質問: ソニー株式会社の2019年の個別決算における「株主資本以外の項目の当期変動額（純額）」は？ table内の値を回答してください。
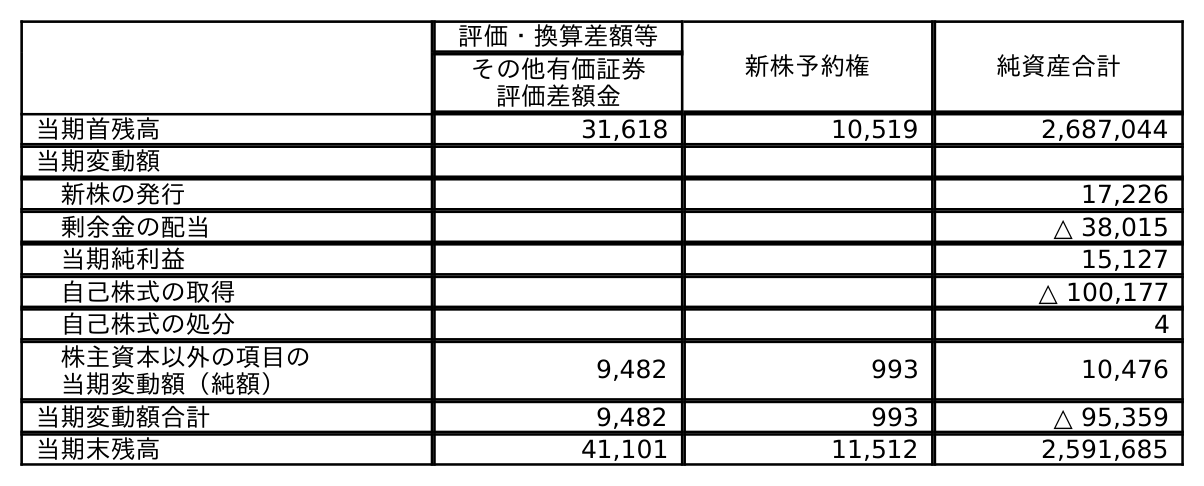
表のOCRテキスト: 評価・換算差額等 新株予約権 純資産合計 その他有価証券 評価差額金 当期首残高 31,618 10,519 2,687,044 当期変動額 新株の発行 17,226 剰余金の配当 △ 38,015 当期純利益 15,127 自己株式の取得 △ 100,177 自己株式の処分 4 株主資本以外の項目の 当期変動額（純額） 9,482 993 10,476 当期変動額合計 9,482 993 △ 95,359 当期末残高 41,101 11,512 2,591,685
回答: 10,476